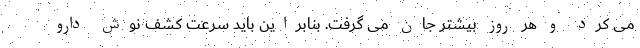
می کرد و هر روز بیشتر جان می گرفت. بنابراین باید سرعت کشف نوش دارو